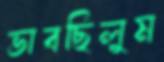
ভাবছিলুম